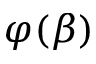
\varphi ( \beta )